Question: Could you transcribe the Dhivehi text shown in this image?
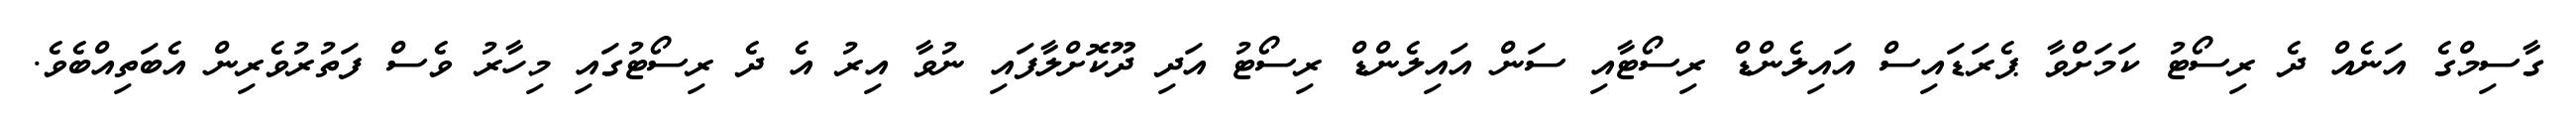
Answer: ގާސިމްގެ އަނެއް ދެ ރިސޯޓު ކަމަށްވާ ޕެރަޑައިސް އައިލެންޑް ރިސޯޓާއި ސަން އައިލެންޑް ރިސޯޓު އަދި ދޫކޮށްލާފައި ނުވާ އިރު އެ ދެ ރިސޯޓުގައި މިހާރު ވެސް ފަތުރުވެރިން އެބަތިއްބެވެ.